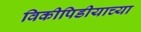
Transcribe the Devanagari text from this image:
विकीपिडीयाच्या